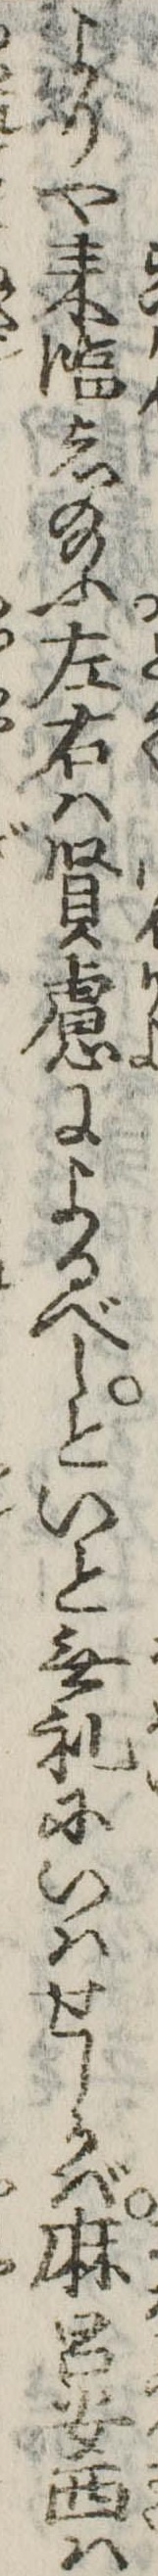
よりや来臨し給ふ左右は賢慮によるべしといと無礼にいはせしかば麻呂安西は